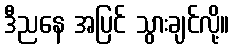
ဒီညနေ အပြင် သွားချင်လို့။